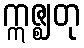
ဣဇ္ဈတု